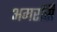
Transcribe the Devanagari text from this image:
अमरसिँ